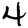
Digit: 4